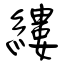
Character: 縷